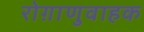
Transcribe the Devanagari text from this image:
रोग़ाणुवाहक